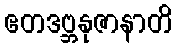
ဧတဒဗ္ဘနုဇာနာတိ